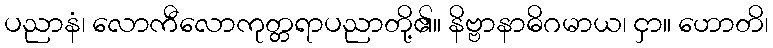
ပညာနံ၊ လောကီလောကုတ္တရာပညာတို့၏။ နိဗ္ဗာနာဓိဂမာယ၊ ငှာ။ ဟောတိ၊